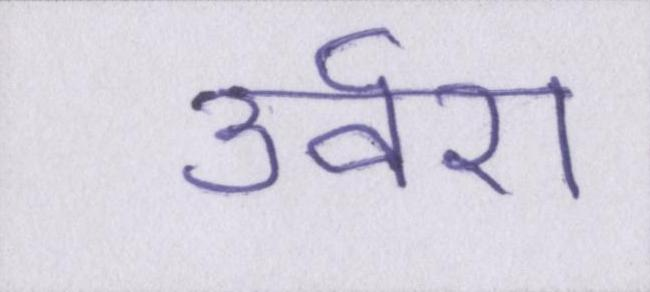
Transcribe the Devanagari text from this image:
उर्वरा